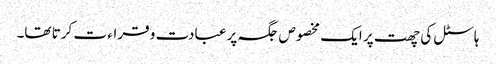
ہاسٹل کی چھت پر ایک مخصوص جگہ پر عبادت و قراء ت کرتا تھا۔